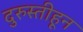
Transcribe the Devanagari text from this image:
दुरुस्तीहून